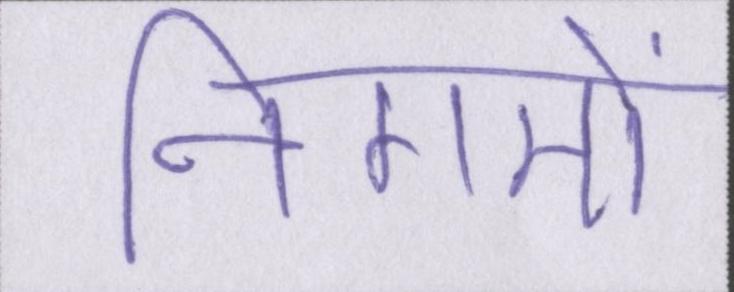
निगमों